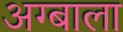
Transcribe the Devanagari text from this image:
अग्बाला